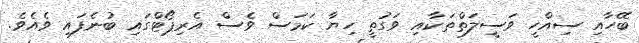
ބޭހާއި ސިއްހީ ވަސީލަތްތަކާއި ވަގުތީ ހިޔާ ކަަމަސް ވެސް އެރިޕޯޓްގައި ބުނެފައި ވެއެވެ.